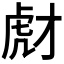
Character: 𧆯